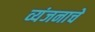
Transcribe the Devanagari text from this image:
व्यंजनाचे